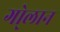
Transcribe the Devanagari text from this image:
गो्लान